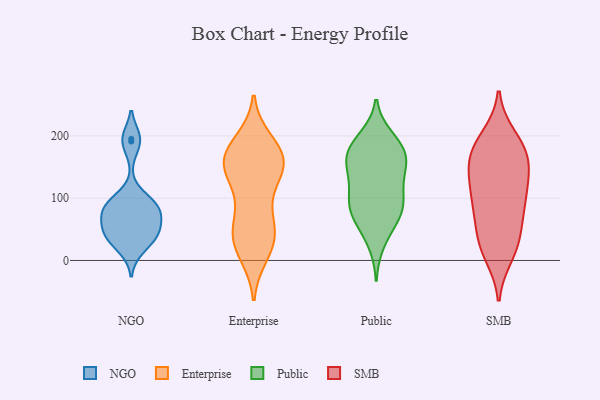
{"axis": {"x": "Gross Profit (USD K)", "y": "Value"}, "legend": ["Enterprise", "NGO", "Public", "SMB"], "data": [{"x": "", "y": 75, "type": "NGO"}, {"x": "", "y": 19, "type": "NGO"}, {"x": "", "y": 86, "type": "NGO"}, {"x": "", "y": 94, "type": "NGO"}, {"x": "", "y": 45, "type": "NGO"}, {"x": "", "y": 41, "type": "NGO"}, {"x": "", "y": 83, "type": "NGO"}, {"x": "", "y": 45, "type": "NGO"}, {"x": "", "y": 195, "type": "NGO"}, {"x": "", "y": 64, "type": "NGO"}, {"x": "", "y": 37, "type": "NGO"}, {"x": "", "y": 191, "type": "NGO"}, {"x": "", "y": 91, "type": "NGO"}, {"x": "", "y": 174, "type": "Enterprise"}, {"x": "", "y": 140, "type": "Enterprise"}, {"x": "", "y": 153, "type": "Enterprise"}, {"x": "", "y": 28, "type": "Enterprise"}, {"x": "", "y": 190, "type": "Enterprise"}, {"x": "", "y": 99, "type": "Enterprise"}, {"x": "", "y": 25, "type": "Enterprise"}, {"x": "", "y": 11, "type": "Enterprise"}, {"x": "", "y": 65, "type": "Enterprise"}, {"x": "", "y": 137, "type": "Enterprise"}, {"x": "", "y": 177, "type": "Enterprise"}, {"x": "", "y": 144, "type": "Enterprise"}, {"x": "", "y": 53, "type": "Enterprise"}, {"x": "", "y": 168, "type": "Enterprise"}, {"x": "", "y": 163, "type": "Enterprise"}, {"x": "", "y": 159, "type": "Enterprise"}, {"x": "", "y": 30, "type": "Enterprise"}, {"x": "", "y": 54, "type": "Enterprise"}, {"x": "", "y": 173, "type": "Public"}, {"x": "", "y": 161, "type": "Public"}, {"x": "", "y": 181, "type": "Public"}, {"x": "", "y": 78, "type": "Public"}, {"x": "", "y": 63, "type": "Public"}, {"x": "", "y": 106, "type": "Public"}, {"x": "", "y": 91, "type": "Public"}, {"x": "", "y": 85, "type": "Public"}, {"x": "", "y": 27, "type": "Public"}, {"x": "", "y": 149, "type": "Public"}, {"x": "", "y": 198, "type": "Public"}, {"x": "", "y": 171, "type": "Public"}, {"x": "", "y": 137, "type": "Public"}, {"x": "", "y": 137, "type": "Public"}, {"x": "", "y": 57, "type": "Public"}, {"x": "", "y": 110, "type": "Public"}, {"x": "", "y": 194, "type": "Public"}, {"x": "", "y": 164, "type": "Public"}, {"x": "", "y": 87, "type": "Public"}, {"x": "", "y": 139, "type": "SMB"}, {"x": "", "y": 81, "type": "SMB"}, {"x": "", "y": 10, "type": "SMB"}, {"x": "", "y": 197, "type": "SMB"}, {"x": "", "y": 164, "type": "SMB"}, {"x": "", "y": 179, "type": "SMB"}, {"x": "", "y": 89, "type": "SMB"}, {"x": "", "y": 183, "type": "SMB"}, {"x": "", "y": 26, "type": "SMB"}, {"x": "", "y": 114, "type": "SMB"}, {"x": "", "y": 176, "type": "SMB"}, {"x": "", "y": 134, "type": "SMB"}, {"x": "", "y": 26, "type": "SMB"}, {"x": "", "y": 32, "type": "SMB"}, {"x": "", "y": 72, "type": "SMB"}, {"x": "", "y": 148, "type": "SMB"}, {"x": "", "y": 98, "type": "SMB"}]}